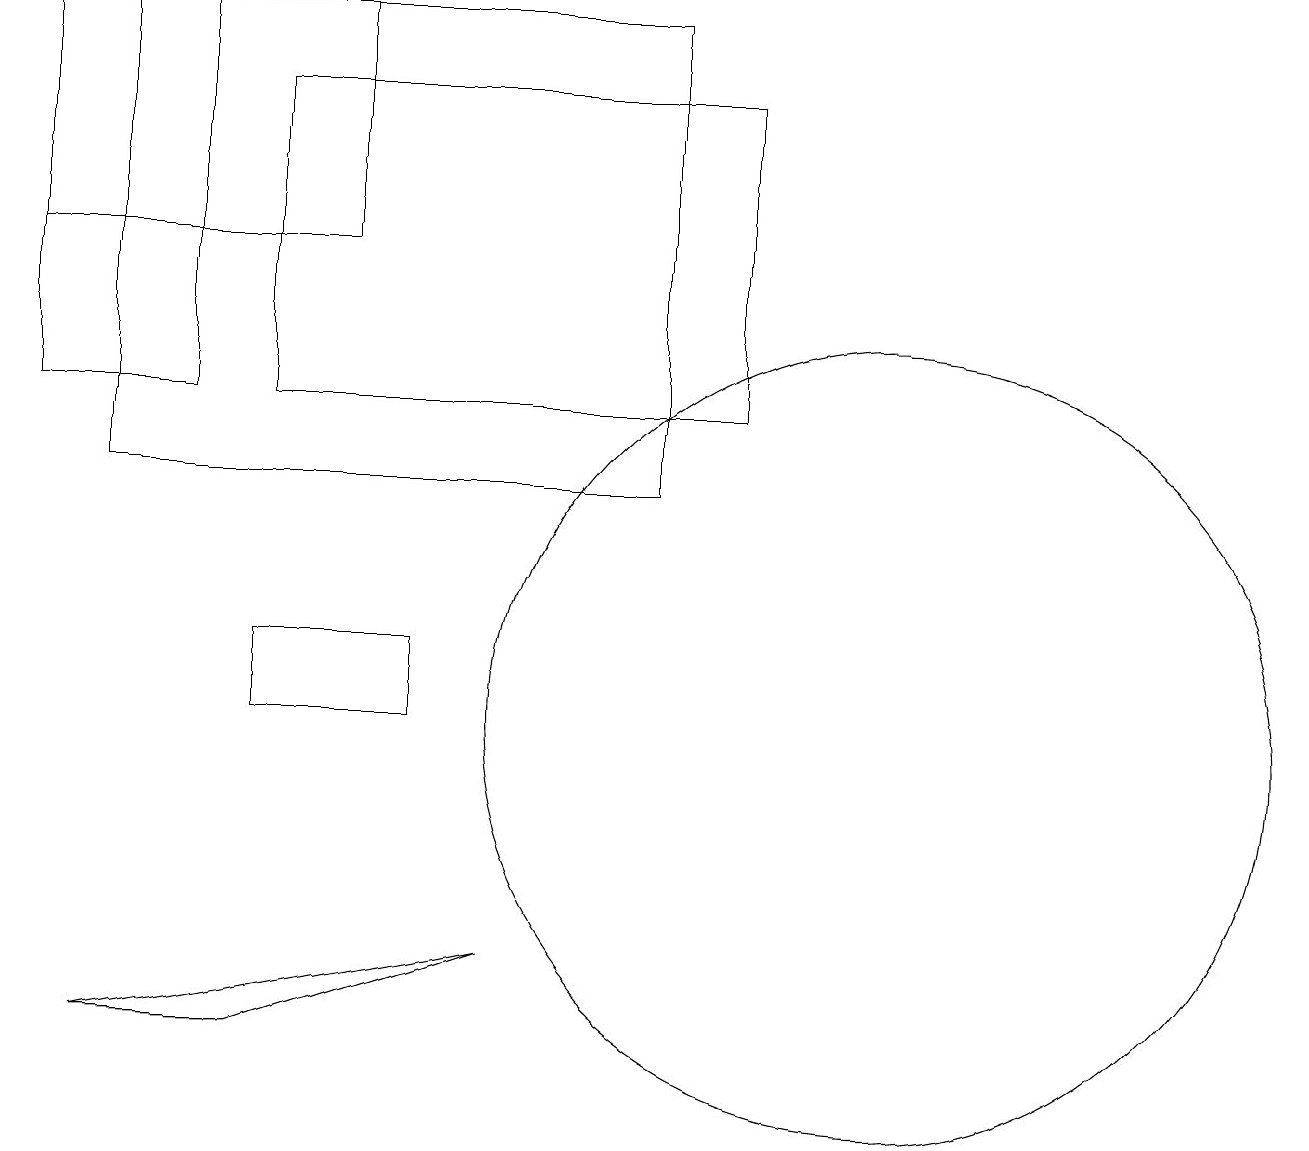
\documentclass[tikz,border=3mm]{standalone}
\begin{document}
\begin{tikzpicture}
\draw (3,11) rectangle (5,10);
\draw (1,6) -- (3,6) -- (6,7) -- cycle;
\draw (0,19) rectangle (2,14);
\draw (3,18) rectangle (9,14);
\draw (0,16) rectangle (4,19);
\draw (1,13) rectangle (8,19);
\draw (11,10) circle (5);
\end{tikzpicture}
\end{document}